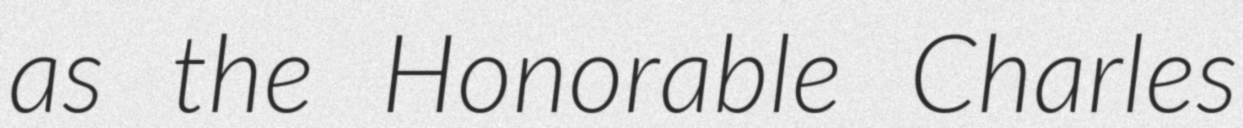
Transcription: as the Honorable Charles